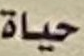
حياة